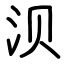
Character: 𬇙